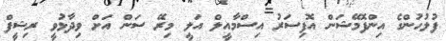
ފުލުހުންގެ އިންފޮމޭޝަން އޮފިސަރު އިސްމާއީލް އަލީ މިރޭ ސަން އަށް ވިދާޅުވީ ރިޝީފް